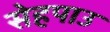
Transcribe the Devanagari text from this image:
सेहपाउ